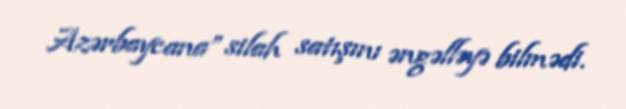
Azərbaycana” silah satışını əngəlləyə bilmədi.